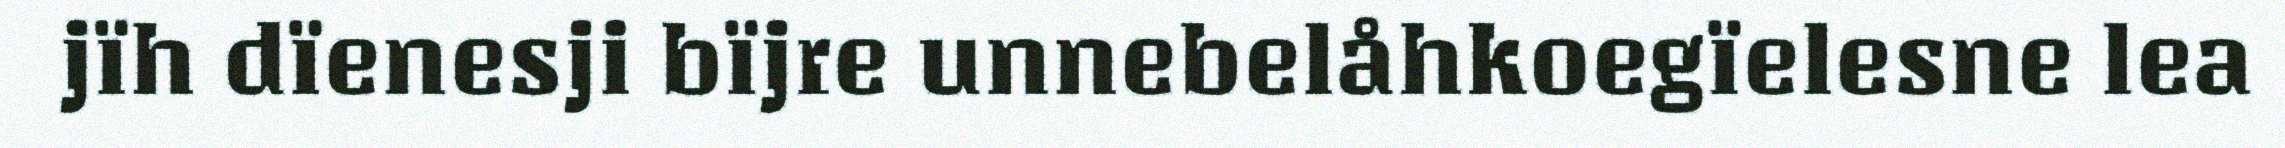
jïh dïenesji bïjre unnebelåhkoegïelesne lea